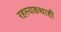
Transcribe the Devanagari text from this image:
रहस्यकथाही